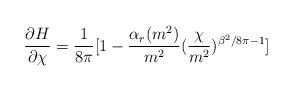
LaTeX: \begin{align*}\frac{\partial H}{\partial \chi} = \frac{1}{8 \pi} [1-\frac{\alpha_r(m^2)}{m^2}(\frac{\chi}{m^2})^{\beta^2/8 \pi -1}]\end{align*}